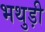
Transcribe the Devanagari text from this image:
भथुड़ी